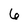
Character: 6